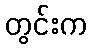
တွင်းက